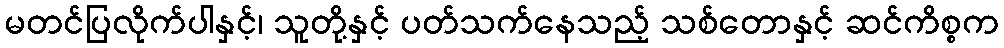
မတင်ပြလိုက်ပါနှင့်၊ သူတို့နှင့် ပတ်သက်နေသည့် သစ်တောနှင့် ဆင်ကိစ္စက